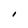
Character: I